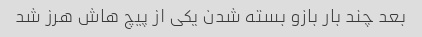
بعد چند بار بازو بسته شدن یکی از پیچ هاش هرز شد